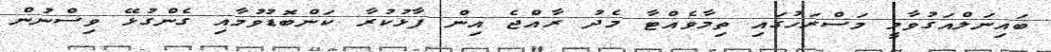
ބައިނަލްއަގުވާމީ މަސްރަހުގައި ތިމާވެއްޓާ މެދު ރާއްޖެ އިން ފާޅުކުރާ ކަންބޮޑުވުމާއި ގެންގުޅޭ ވިސްނުން